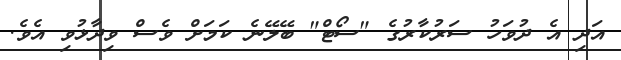
އަދި އެ ދުވަހު ސަރުކާރުގެ "ސޯޓް" ބޭލޭނެ ކަމަށް ވެސް ވިދާޅުވި އެވެ.